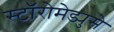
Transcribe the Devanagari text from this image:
स्टॉरोमेड्युसे